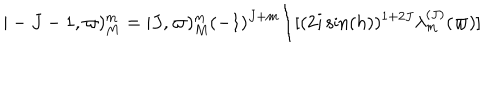
LaTeX: \vert - J - 1 , \varpi ) _ { M } ^ { m } = \vert J , \varpi ) _ { M } ^ { m } ( - 1 ) ^ { J + m } \Bigl / [ ( 2 i \sin ( h ) ) ^ { 1 + 2 J } \lambda _ { m } ^ { ( J ) } ( \varpi ) ]